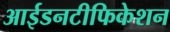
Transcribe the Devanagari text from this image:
आईडनटीफिकेशन